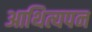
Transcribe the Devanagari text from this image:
आथित्यपन